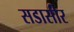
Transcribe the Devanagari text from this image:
सडासीर